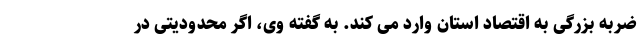
ضربه بزرگی به اقتصاد استان وارد می کند. به گفته وی، اگر محدودیتی در